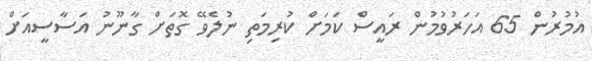
އުމުުރުން 65 އަހަރުވުމުން ރައީސް ކަމަށް ކުރިމަތި ނުލެވޭ ގޮތަށް ގާނޫނު އަސާސީއަށް